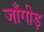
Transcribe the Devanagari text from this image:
जाँगीड़